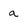
Character: a